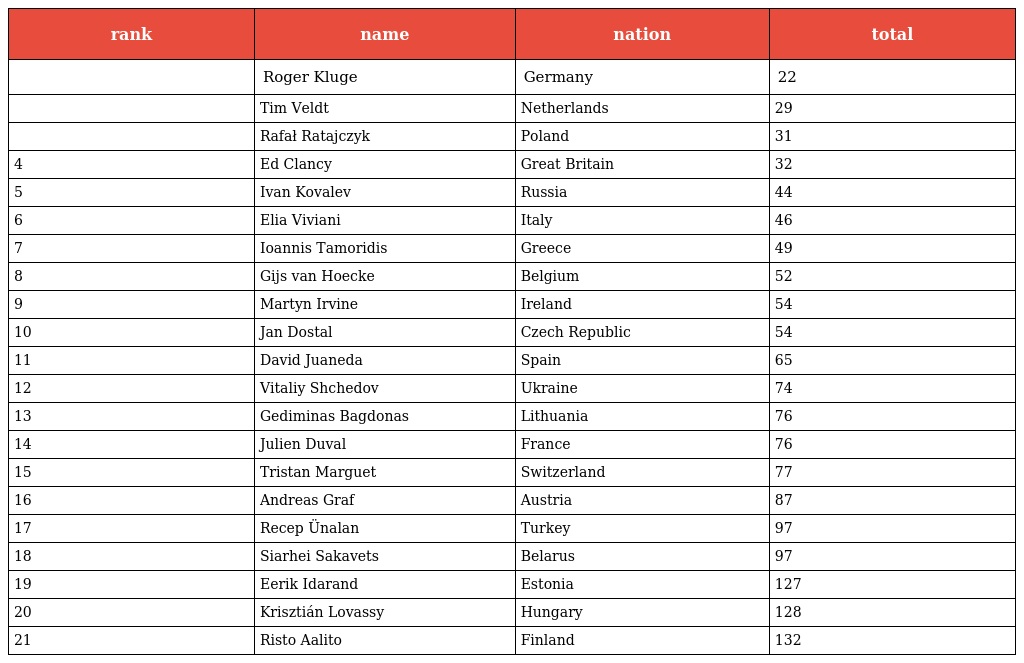
| rank | name | nation | total |
 | --- | --- | --- | --- |
 |  | Roger Kluge | Germany | 22 |
 |  | Tim Veldt | Netherlands | 29 |
 |  | Rafał Ratajczyk | Poland | 31 |
 | 4 | Ed Clancy | Great Britain | 32 |
 | 5 | Ivan Kovalev | Russia | 44 |
 | 6 | Elia Viviani | Italy | 46 |
 | 7 | Ioannis Tamoridis | Greece | 49 |
 | 8 | Gijs van Hoecke | Belgium | 52 |
 | 9 | Martyn Irvine | Ireland | 54 |
 | 10 | Jan Dostal | Czech Republic | 54 |
 | 11 | David Juaneda | Spain | 65 |
 | 12 | Vitaliy Shchedov | Ukraine | 74 |
 | 13 | Gediminas Bagdonas | Lithuania | 76 |
 | 14 | Julien Duval | France | 76 |
 | 15 | Tristan Marguet | Switzerland | 77 |
 | 16 | Andreas Graf | Austria | 87 |
 | 17 | Recep Ünalan | Turkey | 97 |
 | 18 | Siarhei Sakavets | Belarus | 97 |
 | 19 | Eerik Idarand | Estonia | 127 |
 | 20 | Krisztián Lovassy | Hungary | 128 |
 | 21 | Risto Aalito | Finland | 132 |